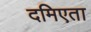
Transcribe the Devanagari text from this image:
दमिएता